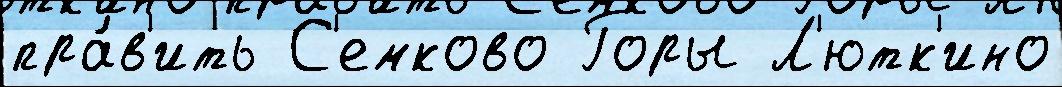
пра́в'ить С'емково Горы Л'ютк'ино